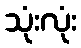
သုံးလုံး